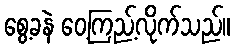
စွေ့ခနဲ ဝေ့ကြည့်လိုက်သည်။